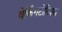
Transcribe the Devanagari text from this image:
वेर्किंगटोरिक्स